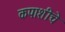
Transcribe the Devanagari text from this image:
कपाशीचे